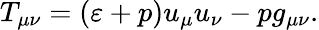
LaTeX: T_{\mu\nu}=(\varepsilon+p)u_{\mu}u_{\nu}-pg_{\mu\nu}.